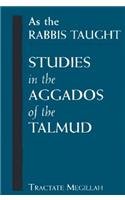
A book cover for As the Rabbis Taught: Studies in the Aggados of the Talmud; Religion & Spirituality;